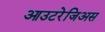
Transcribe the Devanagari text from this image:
आउटरेजिअस